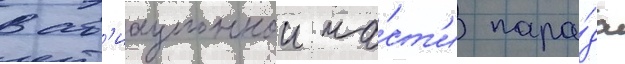
В ав'иационнои ча́ст'и пара́да